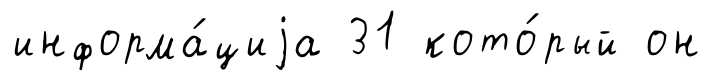
информа́циjа 31 кото́рый он